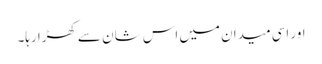
اور اسی میدان میں اس شان سے کھڑا رہا۔